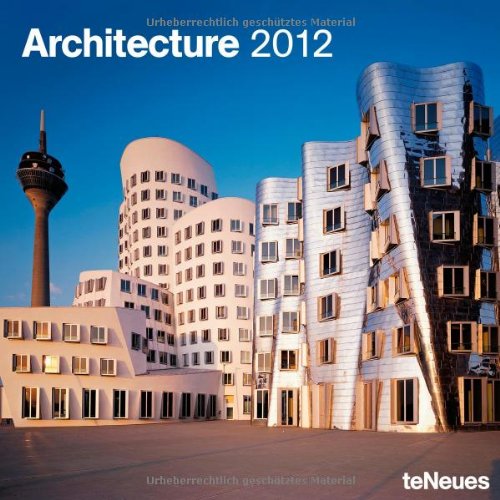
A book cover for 2012 Architecture Wall Calendar (English, German, French, Italian, Spanish and Dutch Edition); Calendars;